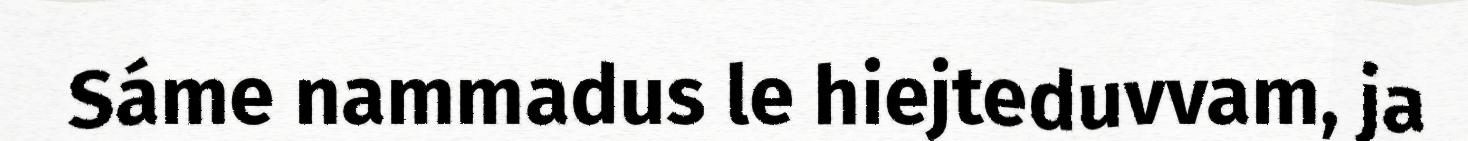
Sáme nammadus le hiejteduvvam, ja